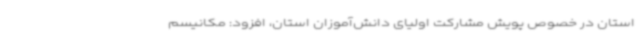
استان در خصوص پویش مشارکت اولیای دانش‌آموزان استان، افزود: مکانیسم